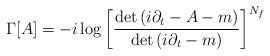
LaTeX: \begin{align*}\Gamma[A]=-i\log\left[{\det\left(i\partial_t- A-m\right)\over\det\left(i\partial_t-m\right)}\right]^{N_f}\end{align*}